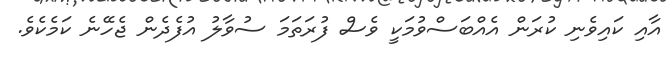
އާއި ކައިވެނި ކުރަން އެއްބަސްވުމަކީ ވެސް ފުރަތަމަ ސުވާލު އުފެދެން ޖެހޭނެ ކަމެކެވެ.